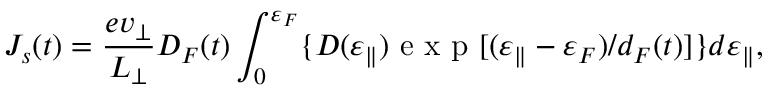
J _ { s } ( t ) = \frac { e v _ { \perp } } { L _ { \perp } } D _ { F } ( t ) \int _ { 0 } ^ { \varepsilon _ { F } } \{ D ( \varepsilon _ { \parallel } ) \mathrm { ~ e ~ x ~ p ~ } [ ( \varepsilon _ { \parallel } - \varepsilon _ { F } ) / d _ { F } ( t ) ] \} d { \varepsilon _ { \parallel } } ,